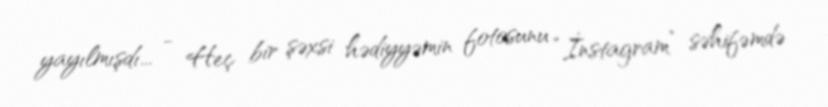
yayılmışdı... - Heç bir şəxsi hədiyyəmin fotosunu “İnstagram” səhifəmdə